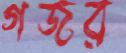
গজর